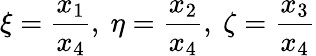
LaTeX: \xi={\frac{x_{1}}{x_{4}}},\ \eta={\frac{x_{2}}{x_{4}}},\ \zeta={\frac{x_{3}}{x_{4}}}